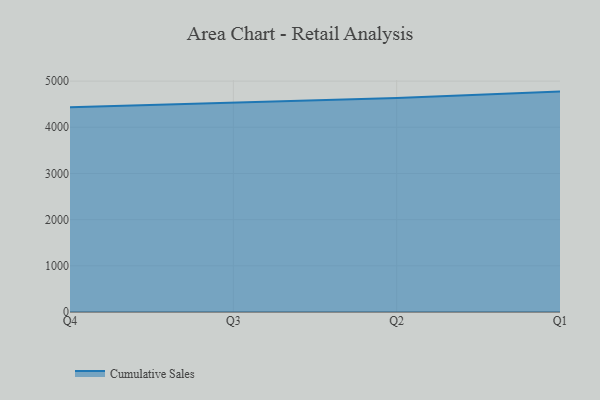
{"axis": {"x": "Quarter", "y": "Production Output"}, "legend": ["Cumulative Sales"], "data": [{"x": "Q4", "y": 4433.8, "type": "Cumulative Sales"}, {"x": "Q3", "y": 4533.6, "type": "Cumulative Sales"}, {"x": "Q2", "y": 4636.1, "type": "Cumulative Sales"}, {"x": "Q1", "y": 4772.6, "type": "Cumulative Sales"}]}